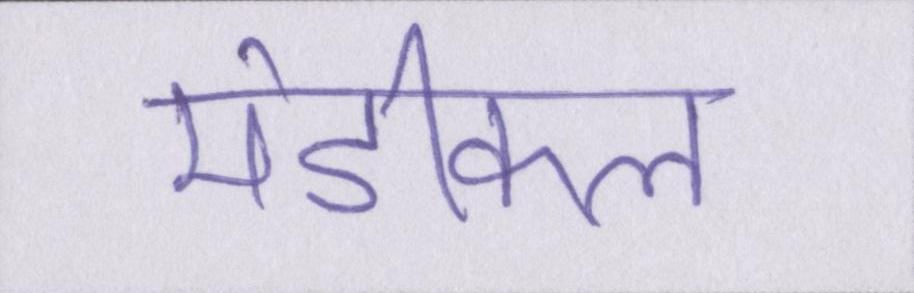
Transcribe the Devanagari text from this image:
मेडीकल